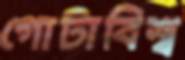
গোটাবিশ্ব